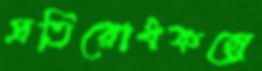
প্রতিরোধকল্পে